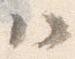
ハ